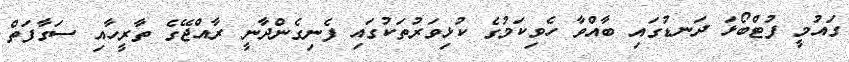
ގައުމީ ފުޓްބޯޅަ ދަނޑުގައި ބާއްވާ ހެވިކަމުގެ ކުޅިވަރުތަކުގައި ފެނިގެންދާނީ ރާއްޖޭގެ ތާރީހާއި ސަގާފަތް